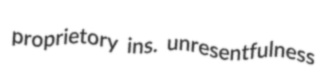
proprietory ins. unresentfulness